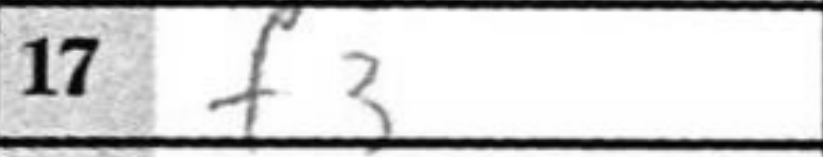
Transcription: f3